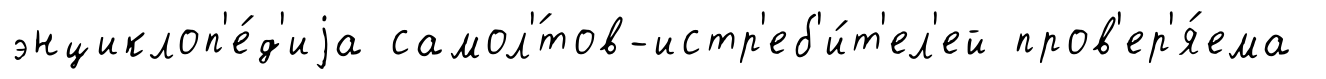
энциклоп'е́д'иjа самол'́тов-истр'еб'и́т'ел'ей пров'ер'я́ема